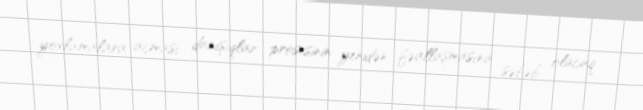
yoxlamalara açması danışıqlar prosesinin yenidən fəallaşmasına səbəb olacaq.